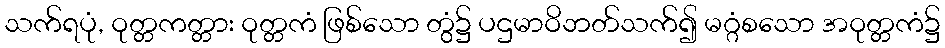
သက်ရပုံ, ဝုတ္တကတ္တား ဝုတ္တကံ ဖြစ်သော တွံ၌ ပဌမာဝိဘတ်သက်၍ မဂ္ဂံစသော အဝုတ္တကံ၌